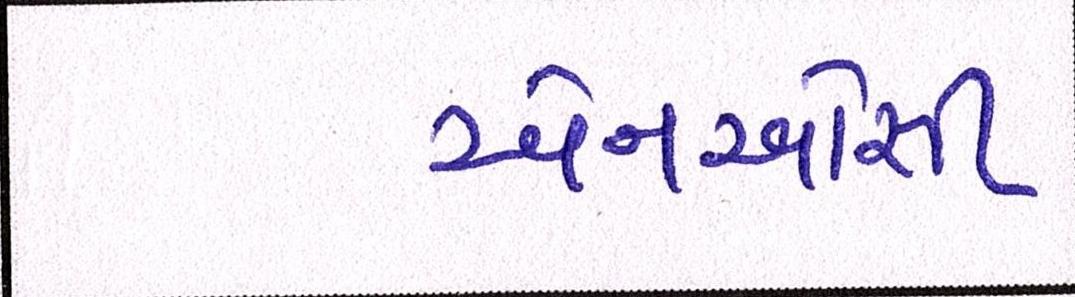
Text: એનઓસી